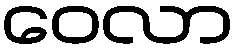
ဝေလာ